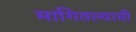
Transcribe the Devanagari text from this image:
मागितल्याची